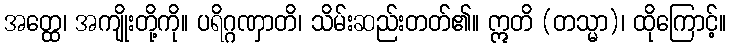
အတ္ထေ၊ အကျိုးတို့ကို။ ပရိဂ္ဂဏှာတိ၊ သိမ်းဆည်းတတ်၏။ ဣတိ (တသ္မာ)၊ ထိုကြောင့်။